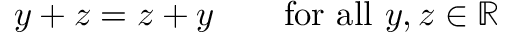
y + z = z + y \qquad { \mathrm { f o r ~ a l l ~ } } y , z \in \mathbb { R }